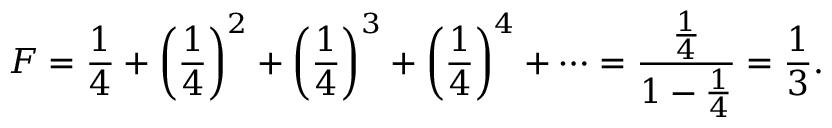
F = { \frac { 1 } { 4 } } + \left( { \frac { 1 } { 4 } } \right) ^ { 2 } + \left( { \frac { 1 } { 4 } } \right) ^ { 3 } + \left( { \frac { 1 } { 4 } } \right) ^ { 4 } + \cdots = { \frac { \frac { 1 } { 4 } } { 1 - { \frac { 1 } { 4 } } } } = { \frac { 1 } { 3 } } .